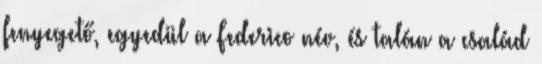
fenyegető, egyedül a Federico név, és talán a család